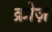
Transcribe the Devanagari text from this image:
क्रोज़